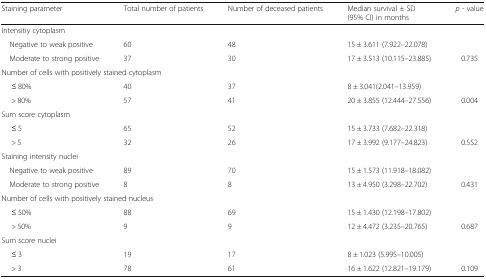
| Staining parameter | Total number of patients | Number of deceased patients | Median survival ± SD(95% CI) in months | p - value |
 | --- | --- | --- | --- | --- |
 | <COLSPAN=5> Intensitiy cytoplasm |
 | Negative to weak positive | 60 | 48 | 15 ± 3.611 (7.922–22.078) |  |
 | Moderate to strong positive | 37 | 30 | 17 ± 3.513 (10.115–23.885) | 0.735 |
 | <COLSPAN=5> Number of cells with positively stained cytoplasm |
 | ≤ 80% | 40 | 37 | 8 ± 3.041(2.041–13.959) |  |
 | > 80% | 57 | 41 | 20 ± 3.855 (12.444–27.556) | 0.004 |
 | <COLSPAN=5> Sum score cytoplasm |
 | ≤ 5 | 65 | 52 | 15 ± 3.733 (7.682–22.318) |  |
 | > 5 | 32 | 26 | 17 ± 3.992 (9.177–24.823) | 0.552 |
 | <COLSPAN=5> Staining intensity nuclei |
 | Negative to weak positive | 89 | 70 | 15 ± 1.573 (11.918–18.082) |  |
 | Moderate to strong positive | 8 | 8 | 13 ± 4.950 (3.298–22.702) | 0.431 |
 | <COLSPAN=5> Number of cells with positively stained nucleus |
 | ≤ 50% | 88 | 69 | 15 ± 1.430 (12.198–17.802) |  |
 | > 50% | 9 | 9 | 12 ± 4.472 (3.235–20.765) | 0.687 |
 | <COLSPAN=5> Sum score nuclei |
 | ≤ 3 | 19 | 17 | 8 ± 1.023 (5.995–10.005) |  |
 | > 3 | 78 | 61 | 16 ± 1.622 (12.821–19.179) | 0.109 |